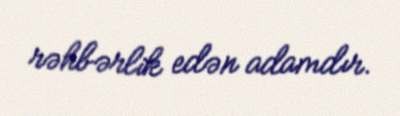
rəhbərlik edən adamdır.